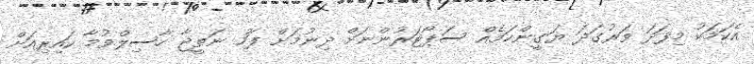
އެކަމަކު މިފަދަ ވަރުގަދަ ޔަގީންކަމެއް ސަޕޯޓަރުންނަށް ދިނުމަށް ފަހު ނަތީޖާ ހާސިލްވުމާ ކައިރިއަށް